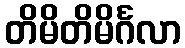
တိမိတိမိင်္ဂလာ